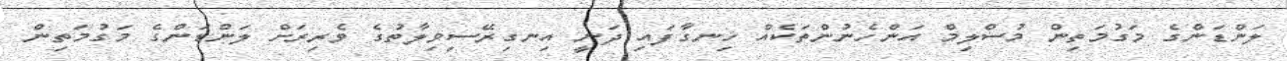
ލަންޑަންގެ މަގުމަތިން މުސްލިމް އަންހެނުންތަކެއް ހިނގާފައި ދަނީ އިނގިރޭސިވިލާތުގެ ވެރިރަށް ލަންޑަންގެ މަގުމަތިން